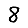
Digit: 8